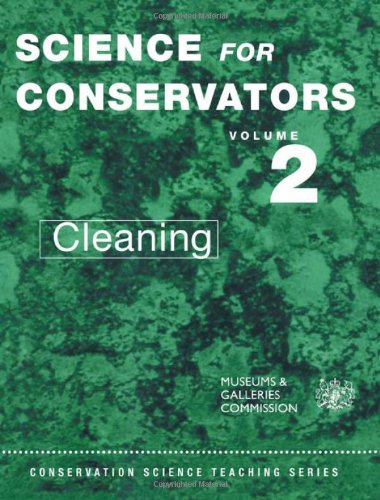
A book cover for Science for Conservators, Vol. 2: Cleaning (Conservation Science Teaching Series); Conservation Unit Museums and Galleries Commission; Business & Money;